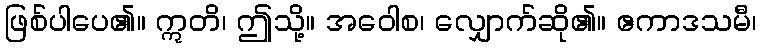
ဖြစ်ပါပေ၏။ ဣတိ၊ ဤသို့။ အဝေါစ၊ လျှောက်ဆို၏။ ဧကာဒသမီ၊